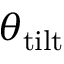
\theta _ { \mathrm { t i l t } }